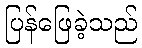
ပြန်ဖြေခဲ့သည်